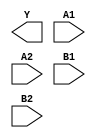
module sky130_fd_sc_lp__o22ai (
    Y ,
    A1,
    A2,
    B1,
    B2
);

    output Y ;
    input  A1;
    input  A2;
    input  B1;
    input  B2;

    // Voltage supply signals
    supply1 VPWR;
    supply0 VGND;
    supply1 VPB ;
    supply0 VNB ;

endmodule